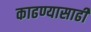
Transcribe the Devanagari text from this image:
काढण्यासाढी